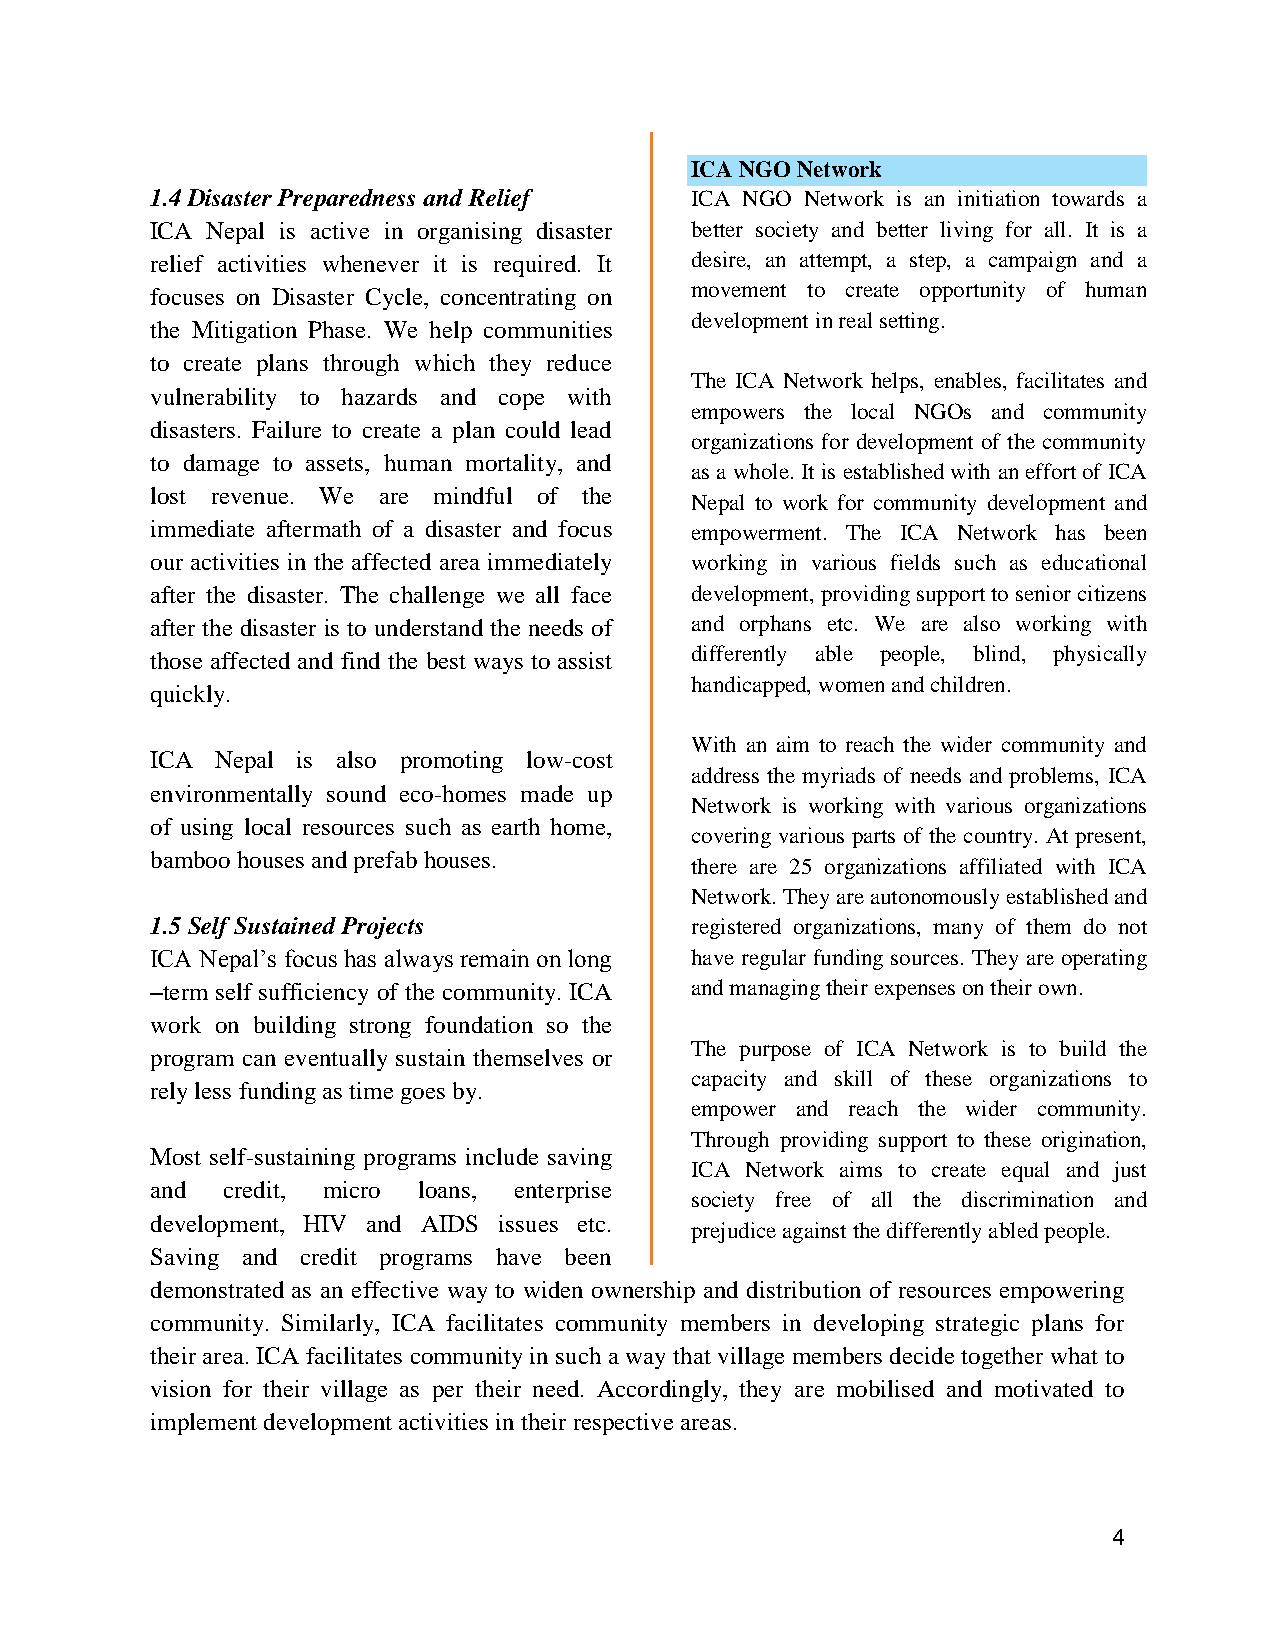
ICA NGO Network
 1.4 Disaster Preparedness and Relief ICA NGO Network is an initiation towards a
 ICA Nepal is active in organising disaster better society and better living for all. It is a
 relief activities whenever it is required. It desire, an attempt, a step, a campaign and a
 focuses on Disaster Cycle, concentrating on movement to create opportunity of human
 development in real setting.
 the Mitigation Phase. We help communities
 to create plans through which they reduce
 The ICA Network helps, enables, facilitates and
 vulnerability to hazards and cope with
 empowers the local NGOs and community
 disasters. Failure to create a plan could lead
 organizations for development of the community
 to damage to assets, human mortality, and
 as a whole. It is established with an effort of ICA
 lost revenue. We are mindful of the
 Nepal to work for community development and
 immediate aftermath of a disaster and focus empowerment. The ICA Network has been
 our activities in the affected area immediately working in various fields such as educational
 after the disaster. The challenge we all face development, providing support to senior citizens
 after the disaster is to understand the needs of and orphans etc. We are also working with
 differently able people, blind, physically
 those affected and find the best ways to assist
 handicapped, women and children.
 quickly.
 With an aim to reach the wider community and
 ICA Nepal is also promoting low-cost
 address the myriads of needs and problems, ICA
 environmentally sound eco-homes made up
 Network is working with various organizations
 of using local resources such as earth home,
 covering various parts of the country. At present,
 bamboo houses and prefab houses.
 there are 25 organizations affiliated with ICA
 Network. They are autonomously established and
 1.5 Self Sustained Projects         registered organizations, many of them do not
 ICA Nepal’s focus has always remain on long have regular funding sources. They are operating
 –term self sufficiency of the community. ICA and managing their expenses on their own.
 work on building strong foundation so the
 The purpose of ICA Network is to build the
 program can eventually sustain themselves or
 capacity and skill of these organizations to
 rely less funding as time goes by.
 empower and reach the wider community.
 Through providing support to these origination,
 Most self-sustaining programs include saving
 ICA Network aims to create equal and just
 and  credit, micro loans, enterprise
 society free of all the discrimination and
 development, HIV and AIDS issues etc.
 prejudice against the differently abled people.
 Saving and credit programs have been
 demonstrated as an effective way to widen ownership and distribution of resources empowering
 community. Similarly, ICA facilitates community members in developing strategic plans for
 their area. ICA facilitates community in such a way that village members decide together what to
 vision for their village as per their need. Accordingly, they are mobilised and motivated to
 implement development activities in their respective areas.
 4